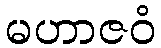
မဟာဇဝံ